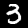
Digit: 3